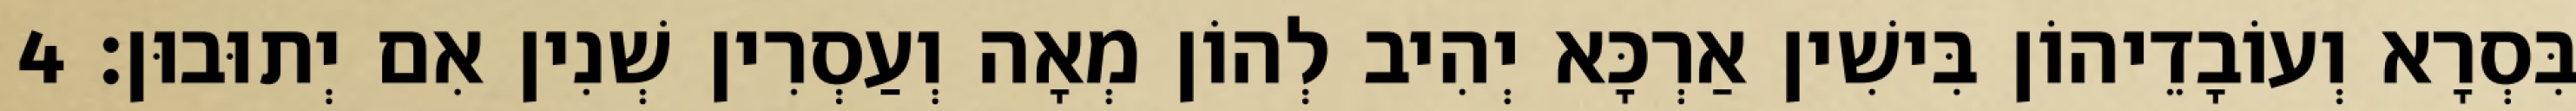
בִּסְרָא וְעוֹבָדֵיהוֹן בִּישִׁין אַרְכָּא יְהִיב לְהוֹן מְאָה וְעַסְרִין שְׁנִין אִם יְתוּבוּן׃ 4